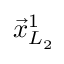
\vec { x } _ { L _ { 2 } } ^ { 1 }